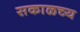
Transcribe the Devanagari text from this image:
सकाळच्य